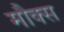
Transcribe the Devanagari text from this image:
मौक्स